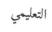
التعليمي